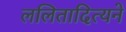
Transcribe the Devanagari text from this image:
ललितादित्यने